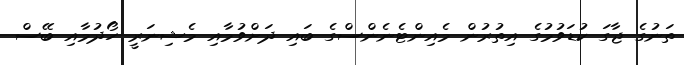
ތަނުގެ ޖާގަ ކުޑަވުމުގެ އިތުރުން މެއިންޓެނެންސްގެ ބައި ދަށްވުމާއި މެޝިނަރީ ހޯދުމާއި ބޭސް